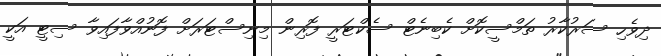
ދިވެހި ސަރުކާރު ތަމްސީކޮށް ކެބިނެޓް ސެކްޓަރީ ފޮރިން މިނިސްޓަރަށް ފޮނުއްވާފައިވާ ސިޓީ އަކީ